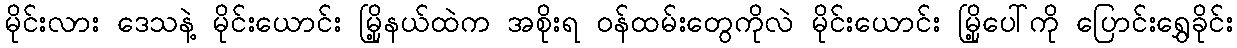
မိုင်းလား ဒေသနဲ့ မိုင်းယောင်း မြို့နယ်ထဲက အစိုးရ ဝန်ထမ်းတွေကိုလဲ မိုင်းယောင်း မြို့ပေါ်ကို ပြောင်းရွှေခိုင်း